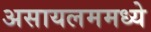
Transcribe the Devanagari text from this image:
असायलममध्ये